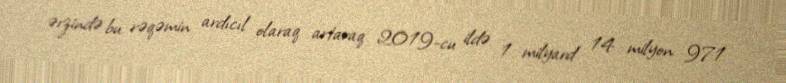
ərzində bu rəqəmin ardıcıl olaraq artaraq 2019-cu ildə 1 milyard 14 milyon 971